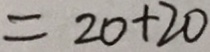
= 2 0 + 2 0